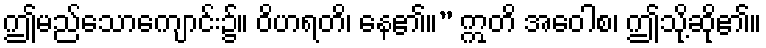
ဤမည်သောကျောင်း၌။ ဝိဟရတိ၊ နေ၏။” ဣတိ အဝေါစ၊ ဤသို့ဆို၏။